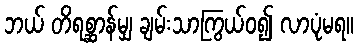
ဘယ် တိရစ္ဆာန်မျှ ချမ်းသာကြွယ်ဝ၍ လာပုံမရ။